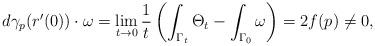
LaTeX: \begin{align*} d\gamma_p(r'(0))\cdot\omega = \lim_{t\to 0}\frac{1}{t}\left(\int_{\Gamma_t}\Theta_t-\int_{\Gamma_0}\omega\right) = 2f(p)\neq 0,\end{align*}